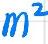
$m^{2}$